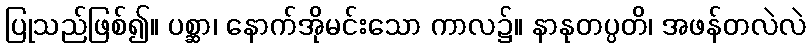
ပြုသည်ဖြစ်၍။ ပစ္ဆာ၊ နောက်အိုမင်းသော ကာလ၌။ နာနုတပ္ပတိ၊ အဖန်တလဲလဲ